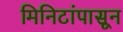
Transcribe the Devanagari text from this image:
मिनिटांपासून